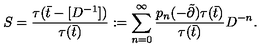
S = \frac { \tau ( \bar { t } - [ D ^ { - 1 } ] ) } { \tau ( \bar { t } ) } : = \sum _ { n = 0 } ^ { \infty } \frac { p _ { n } ( - \tilde { \partial } ) \tau ( \bar { t } ) } { \tau ( \bar { t } ) } D ^ { - n } .